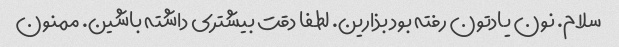
سلام. نون یادتون رفته بود بذارین. لطفا دقت بیشتری داشته باشین. ممنون